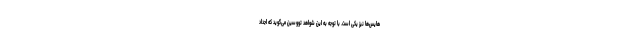
هایس‌ها نیز یکی است. با توجه به این شواهد تووسین می‌گوید که اجداد